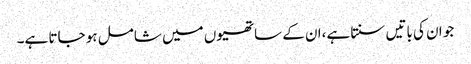
جو ان کی باتیں سنتا ہے،ان کے ساتھیوں میں شامل ہو جاتا ہے۔